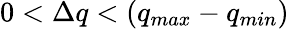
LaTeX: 0<\Delta q<(q_{max}-q_{min})